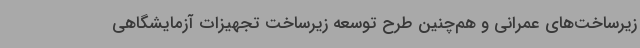
زیرساخت‌های عمرانی و هم‌چنین طرح توسعه زیرساخت تجهیزات آزمایشگاهی